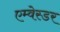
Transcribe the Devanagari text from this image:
एम्वेस्डर